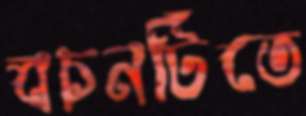
বচনটিতে